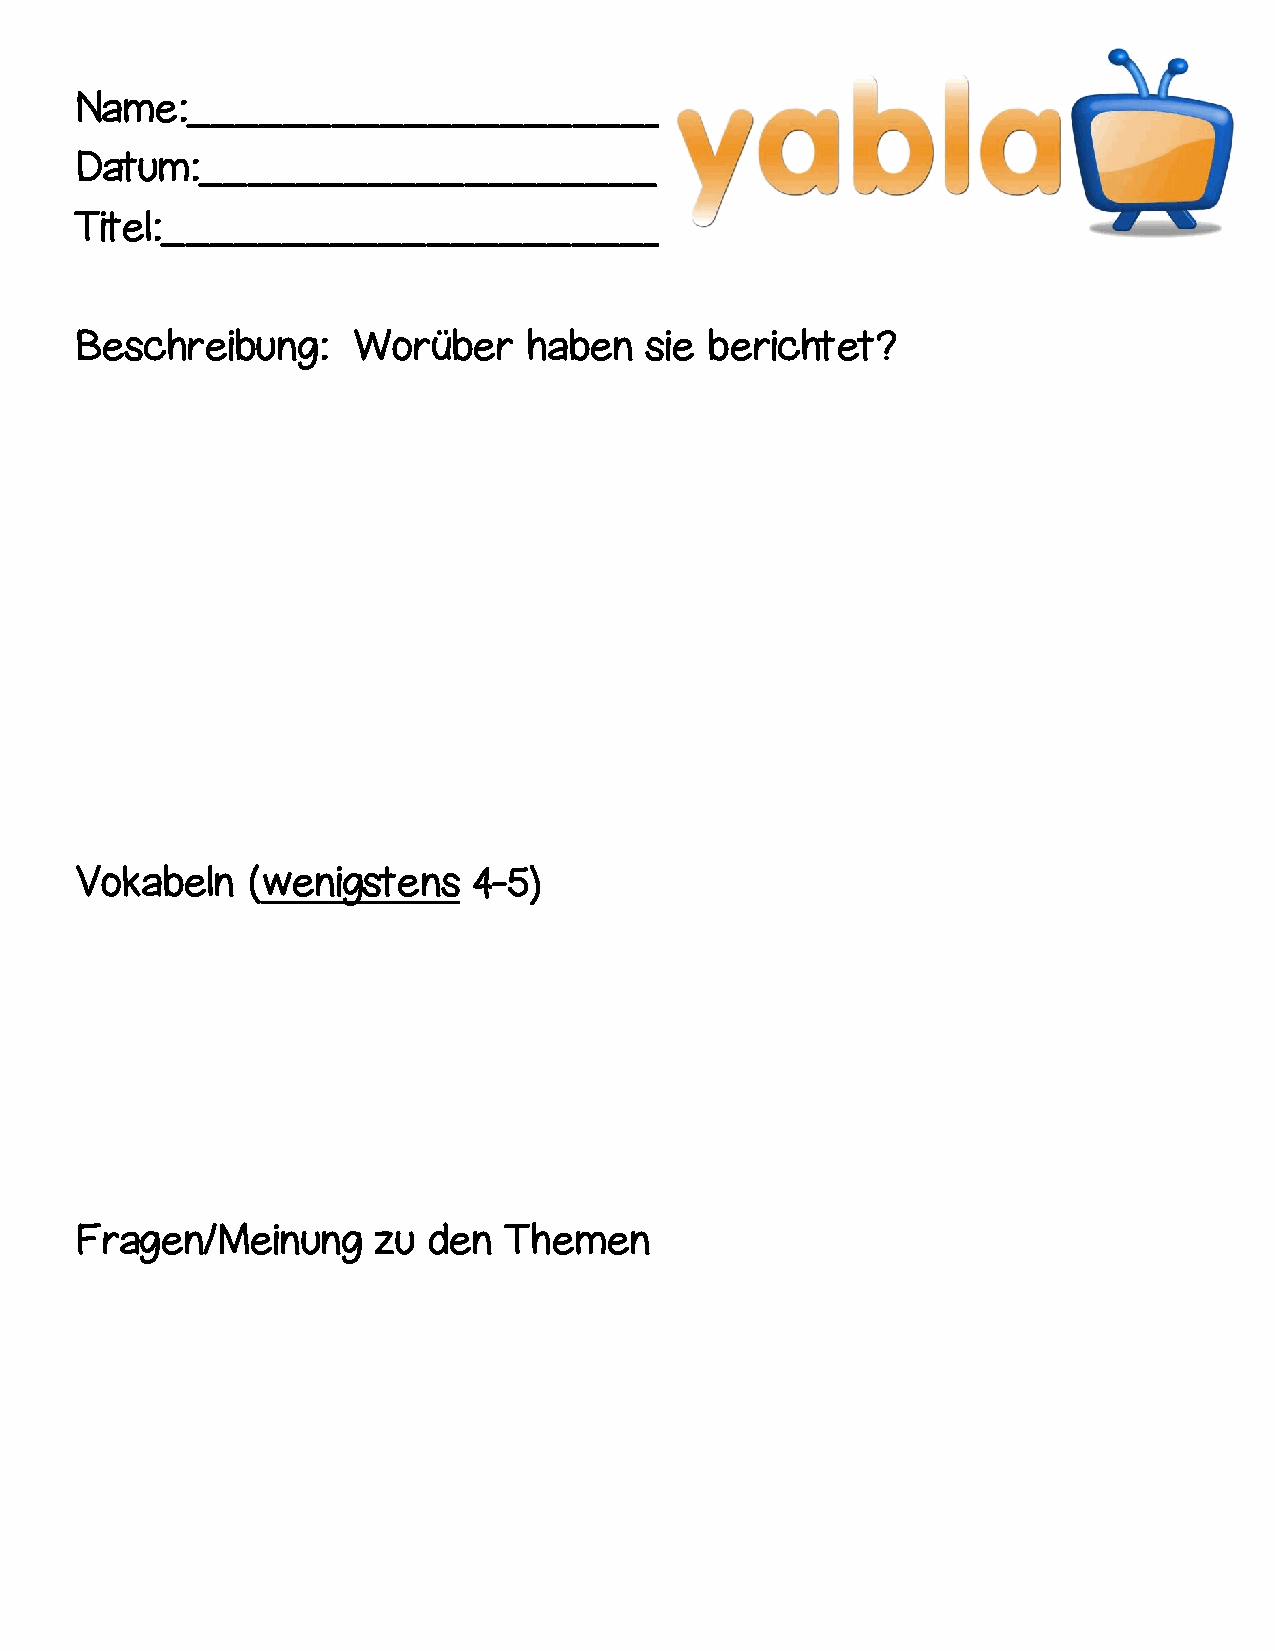
Name:_____________________
 Datum:___________________
 Titel:_____________________
 Beschreibung:     Worüber     haben   sie berichtet?
 Vokabeln   (wenigstens    4-5)
 Fragen/Meinung      zu den  Themen